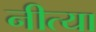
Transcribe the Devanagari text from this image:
नीत्या